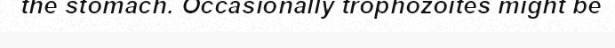
the stomach. Occasionally trophozoites might be